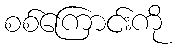
စစ်ကြောင်းကို